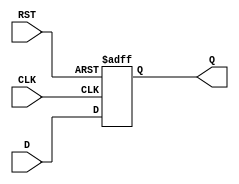
module InputRegister #(
    parameter WIDTH = 8  // Parameter to define the width of the register
)(
    input  wire [WIDTH-1:0] D,   // Data input
    input  wire CLK,              // Clock input
    input  wire RST,              // Reset input
    output reg  [WIDTH-1:0] Q     // Data output
);

// Asynchronous reset and clock edge capture
always @(posedge CLK or posedge RST) begin
    if (RST) begin
        Q <= {WIDTH{1'b0}}; // Reset output to 0
    end else begin
        Q <= D; // Capture input data on clock edge
    end
end

endmodule